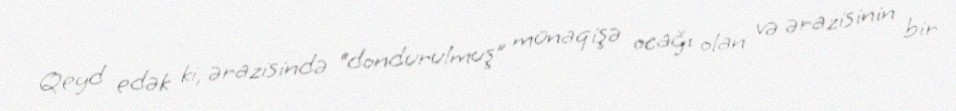
Qeyd edək ki, ərazisində “dondurulmuş” münaqişə ocağı olan və ərazisinin bir